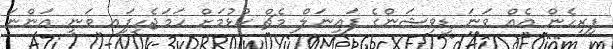
ފިރިހެން އެއް ވަނަ ޑިވިޝަންގެ ފައިނަލް މެޗް ކުޅުމަށް ހަމަޖެހިފަިއ ވަނީ އަންނަ